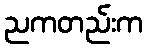
ညကတည်းက